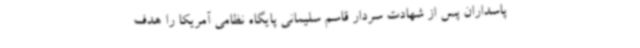
پاسداران پس از شهادت سردار قاسم سلیمانی پایگاه نظامی آمریکا را هدف